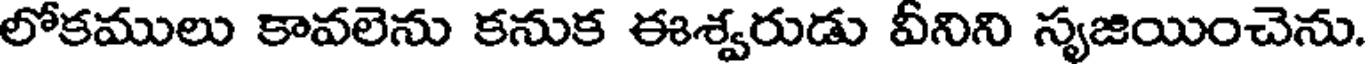
లోకములు కావలెను కనుక ఈశ్వరుడు వీనిని స్యజియించెను.